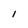
Character: I